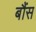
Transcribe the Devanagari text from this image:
बौंस